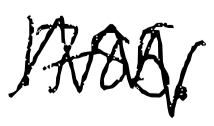
Text: 1785.
Cross-out: zig-zag
Writing tool: digital_black